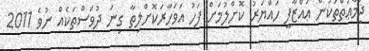
ޖަމާޢަތްތަކުން ޢައްޒާފީ ހައްޔަރު ކޮށްލުމަށް ފަހު އަވަހާރަކޮށްލިތާ ގިނަ ދުވަސްތަކެއް ނުވެ 2011